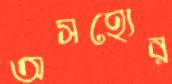
অসহ্যের